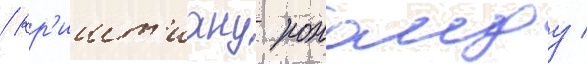
/ кр'ишт'иану роналду /